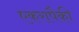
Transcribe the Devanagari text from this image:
एकरापैकी